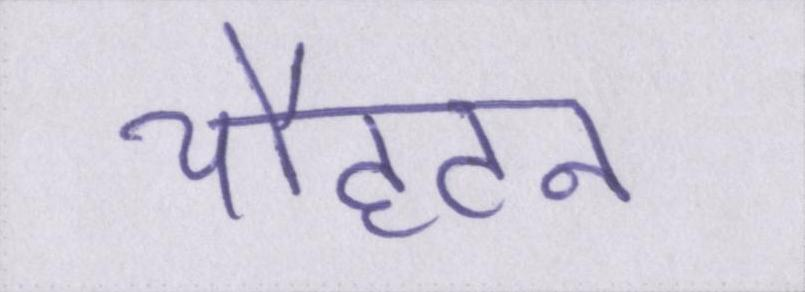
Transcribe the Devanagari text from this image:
चौहटन